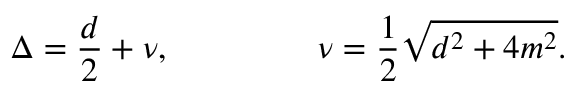
\Delta = { \frac { d } { 2 } } + \nu , ~ ~ ~ ~ ~ ~ ~ ~ ~ ~ ~ ~ ~ \nu = { \frac { 1 } { 2 } } \sqrt { d ^ { 2 } + 4 m ^ { 2 } } .